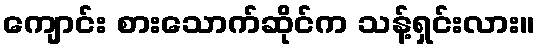
ကျောင်း စားသောက်ဆိုင်က သန့်ရှင်းလား။